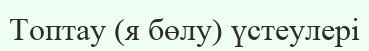
Топтау (я бөлу) үстеулері